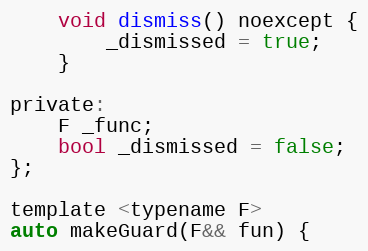
Language: C
    void dismiss() noexcept {
        _dismissed = true;
    }

private:
    F _func;
    bool _dismissed = false;
};

template <typename F>
auto makeGuard(F&& fun) {